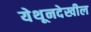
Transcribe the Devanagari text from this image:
येथूनदेखील